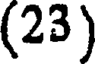
(23)